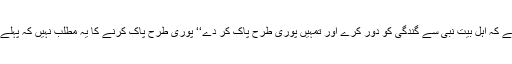
’’اللہ تو یہ چاہتا ہے کہ اہلِ بیتِ نبیؐ سے گندگی کو دور کرے اور تمہیں پوری طرح پاک کر دے‘‘ پوری طرح پاک کرنے کا یہ مطلب نہیں کہ پہلے کچھ ناپاکی تھی۔